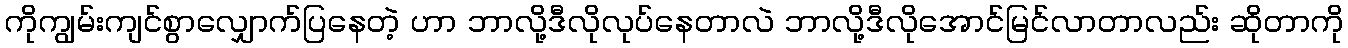
ကိုကျွမ်းကျင်စွာလျှောက်ပြနေတဲ့ ဟာ ဘာလို့ဒီလိုလုပ်နေတာလဲ ဘာလို့ဒီလိုအောင်မြင်လာတာလည်း ဆိုတာကို